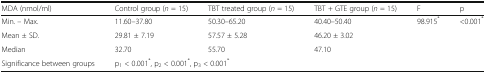
| MDA (nmol/ml) | Control group (n = 15) | TBT treated group (n = 15) | TBT + GTE group (n = 15) | F | p |
 | --- | --- | --- | --- | --- | --- |
 | Min. – Max. | 11.60–37.80 | 50.30–65.20 | 40.40–50.40 | <ROWSPAN=3> 98.915* | <ROWSPAN=3> <0.001* |
 | Mean ± SD. | 29.81 ± 7.19 | 57.57 ± 5.28 | 46.20 ± 3.02 |
 | Median | 32.70 | 55.70 | 47.10 |
 | Significance between groups | <COLSPAN=3> p1 < 0.001*, p2 < 0.001*, p3 < 0.001* |  |  |